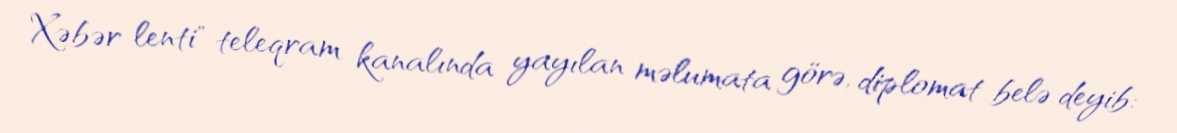
Xəbər lenti" teleqram kanalında yayılan məlumata görə, diplomat belə deyib: